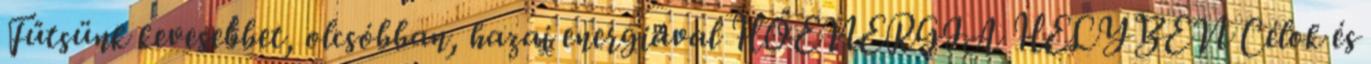
Fűtsünk kevesebbet, olcsóbban, hazai energiával HŐENERGIA HELYBEN Célok és